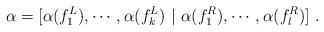
LaTeX: \begin{align*}\alpha=[\alpha(f_1^L),\cdots,\alpha(f_k^L)\ |\ \alpha(f_1^R),\cdots,\alpha(f_l^R)]\ .\end{align*}